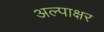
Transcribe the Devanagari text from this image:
अल्पाक्षर